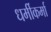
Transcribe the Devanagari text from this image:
धर्मीकर्मा